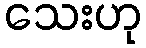
သေးဟု